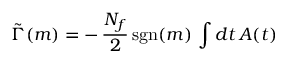
\tilde { \Gamma } ( m ) = - \, \frac { N _ { f } } { 2 } \, \mathrm { s g n } ( m ) \, \int d t \, A ( t )